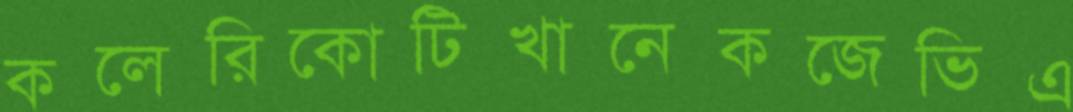
কলেরিকোটিখানেকজেভিএ